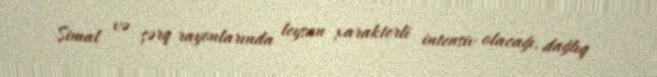
Şimal və şərq rayonlarında leysan xarakterli intensiv olacağı, dağlıq